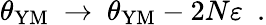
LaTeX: \theta_{\mathrm{YM}}~\to~\theta_{\mathrm{YM}}-2N\varepsilon~~.